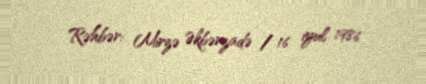
Rəhbər: Mirzə Əkbərzadə / 16 iyul 1986